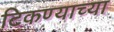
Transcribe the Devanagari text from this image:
टिकण्याच्या